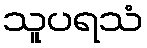
သူပရသံ